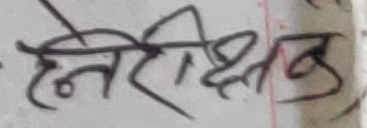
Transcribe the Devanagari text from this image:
हेनिरीक्षण्डु